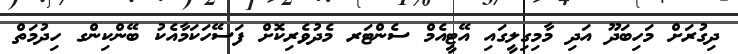
ދިގުރަށް މަހިބަދޫ އަދި މާމިގިލީގައި އޭޓީއެމް ސެންޓަރ މެދުވެރިކޮށް ފަސޭހަކަމާއެކު ބޭންކިންގ ހިދުމަތް